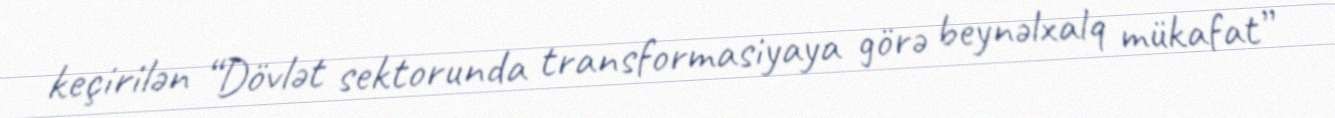
keçirilən “Dövlət sektorunda transformasiyaya görə beynəlxalq mükafat”